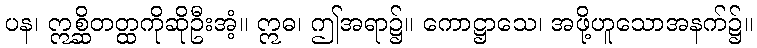
ပန၊ ဣစ္ဆိတတ္ထကိုဆိုဦးအံ့။ ဣဓ၊ ဤအရာ၌။ ကောဋ္ဌာသေ၊ အဖို့ဟူသောအနက်၌။